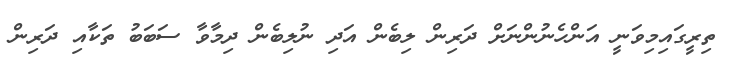
ތިރީގައިމިވަނީ އަންހެނުންނަށް ދަރިން ލިބެން އަދި ނުލިބެން ދިމާވާ ސަބަބު ތަކާއި ދަރިން